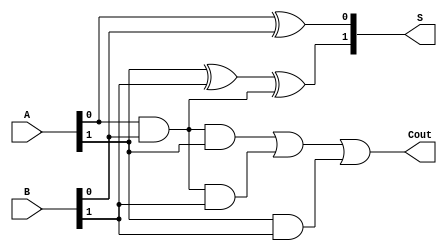
module sumador2bits(
  input [1:0] B, A,
  output Cout,
  output [1:0] S
);

  wire carry;
  wire Cy0;
  wire Cin;

  assign carry = Cy0;
  assign Cin = carry;

  /* medio sumador */
  assign S[0] = A[0] ^ B[0];
  assign Cy0 = A[0] & B[0];

  /* sumador completo */
  assign S[1] = A[1] ^ B[1] ^ Cin;
  assign Cout = (Cin & A[1]) | (Cin & B[1]) | (A[1] & B[1]);

endmodule